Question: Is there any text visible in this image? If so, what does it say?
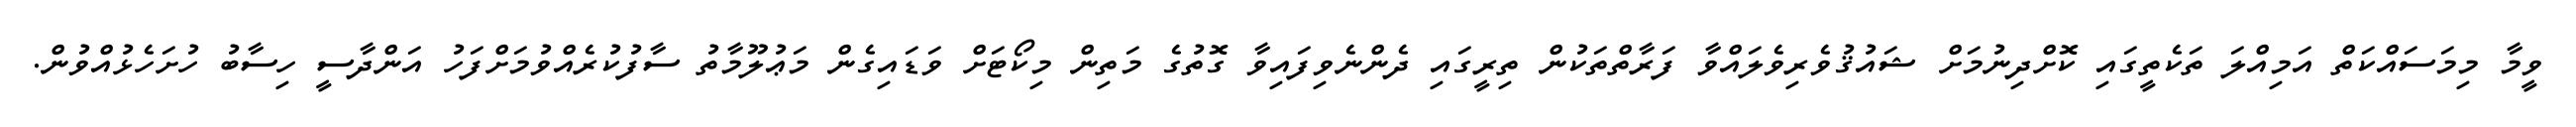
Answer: ވީމާ މިމަސައްކަތް އަމިއްލަ ތަކެތީގައި ކޮށްދިނުމަށް ޝައުޤުވެރިވެލައްވާ ފަރާތްތަކުން ތިރީގައި ދެންނެވިފައިވާ ގޮތުގެ މަތިން މިކޯޓަށް ވަޑައިގެން މަޢުލޫމާތު ސާފުކުރެއްވުމަށްފަހު އަންދާސީ ހިސާބު ހުށަހެޅުއްވުން.